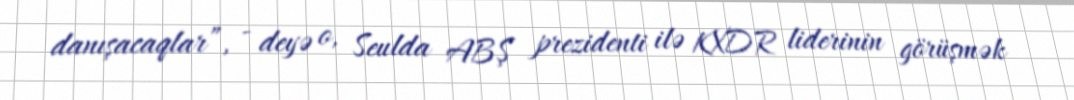
danışacaqlar”, - deyə o, Seulda ABŞ prezidenti ilə KXDR liderinin görüşmək